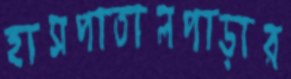
হাসপাতালপাড়ার